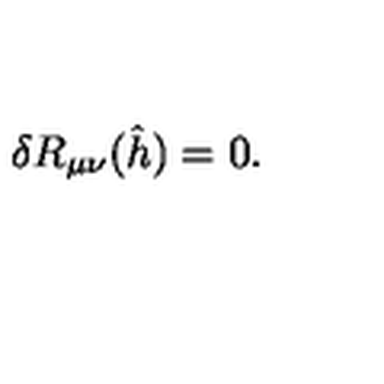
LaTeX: \delta R _ { \mu \nu } ( \hat { h } ) = 0 .